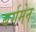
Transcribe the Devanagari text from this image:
बर्गमेन